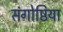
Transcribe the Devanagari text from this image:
संगोष्ठिया